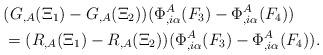
LaTeX: \begin{align*}\begin{aligned}&(G_{,A}(\Xi_1) - G_{,A}(\Xi_2))(\Phi_{,i\alpha}^A(F_3) -\Phi_{,i\alpha}^A(F_4))\\&=(R_{,A}(\Xi_1)-R_{,A}(\Xi_2))(\Phi_{,i\alpha}^A(F_3)-\Phi_{,i\alpha}^A(F_4)).\end{aligned}\end{align*}